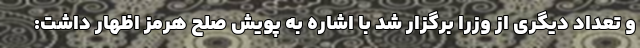
و تعداد دیگری از وزرا برگزار شد با اشاره به پویش صلح هرمز اظهار داشت: